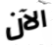
الآن